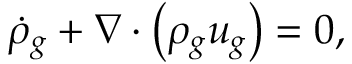
\dot { \rho } _ { g } + \nabla \cdot \left( \rho _ { g } \boldsymbol { u } _ { g } \right) = 0 ,